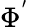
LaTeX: \Phi^{'}